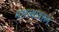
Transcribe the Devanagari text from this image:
मारल्यावरून